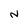
Character: N